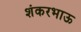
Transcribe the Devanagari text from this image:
शंकरभाऊ